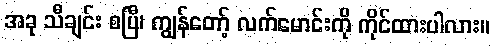
အခု သီချင်း စပြီ၊ ကျွန်တော့် လက်မောင်းကို ကိုင်ထားပါလား။